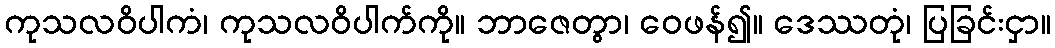
ကုသလဝိပါကံ၊ ကုသလဝိပါက်ကို။ ဘာဇေတွာ၊ ဝေဖန်၍။ ဒေဿတုံ၊ ပြခြင်းငှာ။